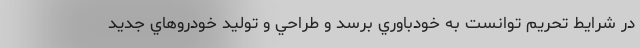
در شرايط تحريم توانست به خودباوري برسد و طراحي و توليد خودروهاي جديد